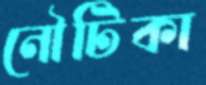
নৌটিকা